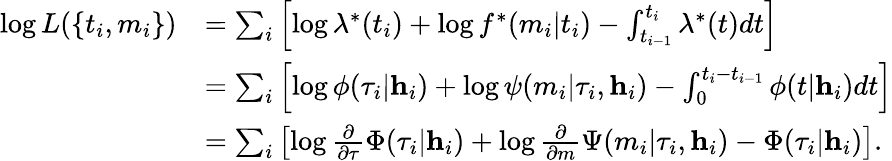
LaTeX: \begin{array}{rl}{\log L(\{ t_{i},m_{i}\} )}&{=\sum_{i}\left[\log\lambda^{*}(t_{i})+\log f^{*}(m_{i}|t_{i})-\int_{t_{i-1}}^{t_{i}}\lambda^{*}(t)dt\right]}\\ &{=\sum_{i}\left[\log\phi(\tau_{i}|\textbf{h}_{i})+\log\psi(m_{i}|\tau_{i},\textbf{h}_{i})-\int_{0}^{t_{i}-t_{i-1}}\phi(t|\textbf{h}_{i})dt\right]}\\ &{=\sum_{i}\left[\log\frac{\partial}{\partial\tau}\Phi(\tau_{i}|\textbf{h}_{i})+\log\frac{\partial}{\partial m}\Psi(m_{i}|\tau_{i},\textbf{h}_{i})-\Phi(\tau_{i}|\textbf{h}_{i})\right].}\end{array}